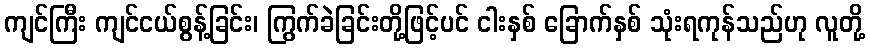
ကျင်ကြီး ကျင်ငယ်စွန့်ခြင်း၊ ကြွက်ခဲခြင်းတို့ဖြင့်ပင် ငါးနှစ် ခြောက်နှစ် သုံးရကုန်သည်ဟု လူတို့